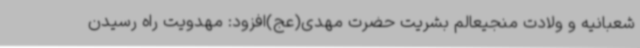
شعبانیه و ولادت منجیعالم بشریت حضرت مهدی(عج)افزود: مهدویت راه رسیدن